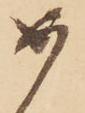
め